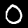
Label: 0